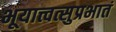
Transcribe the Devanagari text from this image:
भूयात्त्वत्सुप्रभातं